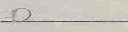
0